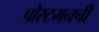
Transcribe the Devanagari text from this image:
पोस्टमनची